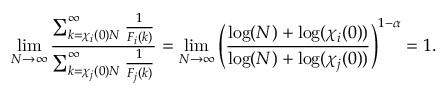
\operatorname* { l i m } _ { N \to \infty } \frac { \sum _ { k = \chi _ { i } ( 0 ) N } ^ { \infty } \frac { 1 } { F _ { i } ( k ) } } { \sum _ { k = \chi _ { j } ( 0 ) N } ^ { \infty } \frac { 1 } { F _ { j } ( k ) } } = \operatorname* { l i m } _ { N \to \infty } \left( \frac { \log ( N ) + \log ( \chi _ { i } ( 0 ) ) } { \log ( N ) + \log ( \chi _ { j } ( 0 ) ) } \right) ^ { 1 - \alpha } = 1 .